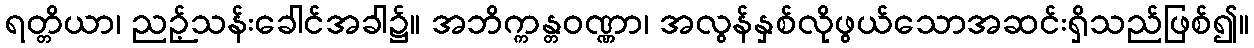
ရတ္တိယာ၊ ညဉ့်သန်းခေါင်အခါ၌။ အဘိက္ကန္တဝဏ္ဏာ၊ အလွန်နှစ်လိုဖွယ်သောအဆင်းရှိသည်ဖြစ်၍။